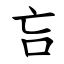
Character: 吂